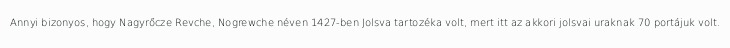
Annyi bizonyos, hogy Nagyrőcze Revche, Nogrewche néven 1427-ben Jolsva tartozéka volt, mert itt az akkori jolsvai uraknak 70 portájuk volt.